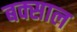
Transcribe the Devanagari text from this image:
बक्साल